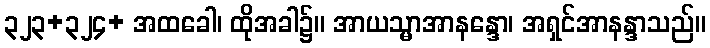
၃၂၃+၃၂၄+ အထခေါ၊ ထိုအခါ၌။ အာယသ္မာအာနန္ဒော၊ အရှင်အာနန္ဒာသည်။